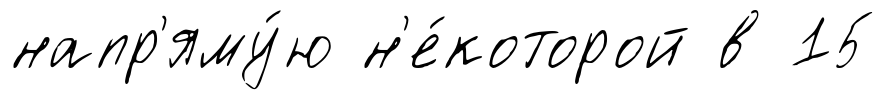
напр'яму́ю н'е́которой в 15